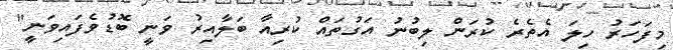
މިފަހަރު ހިލަ އެތެރެ ކުރަން ލިބުނު އަގުތައް ކުރިއާ ބަލާއިރު ވަނީ ބޮޑުވެފައިވަނީ"